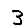
Digit: 3